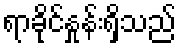
ရာခိုင်နှုန်းရှိသည်